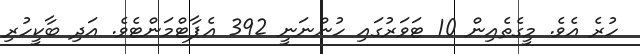
ހުރެ އެވެ. މީގެތެއިން 10 ޓަވަރުގައި ހުންނަނީ 392 އެޕާޓްމަންޓެވެ. އަދި ބާކީހުރި